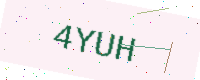
Text: 4YUH